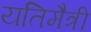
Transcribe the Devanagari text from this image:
यतिमैत्री